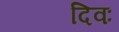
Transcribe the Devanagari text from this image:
दिवः